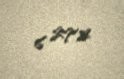
6 272